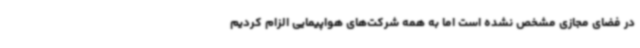
در فضای مجازی مشخص نشده است اما به همه شرکت‌های هواپیمایی الزام کردیم